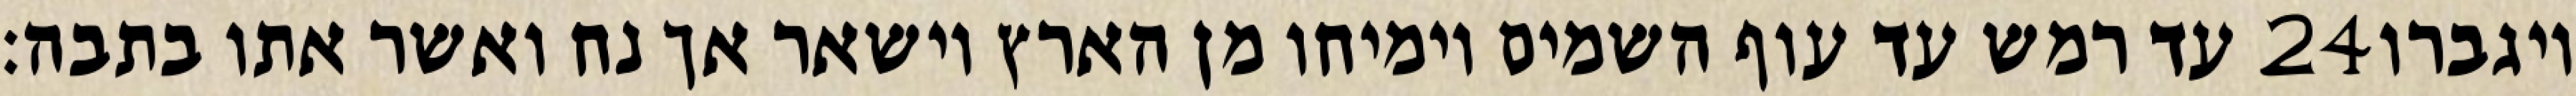
עד רמש עד עוף השמים וימיחו מן הארץ וישאר אך נח ואשר אתו בתבה׃ ‎24‏ ויגברו